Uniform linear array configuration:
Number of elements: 4
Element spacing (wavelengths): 0.25
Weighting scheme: cosine
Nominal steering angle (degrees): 60
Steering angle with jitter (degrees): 60.863
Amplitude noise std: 0.05
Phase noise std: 0.05

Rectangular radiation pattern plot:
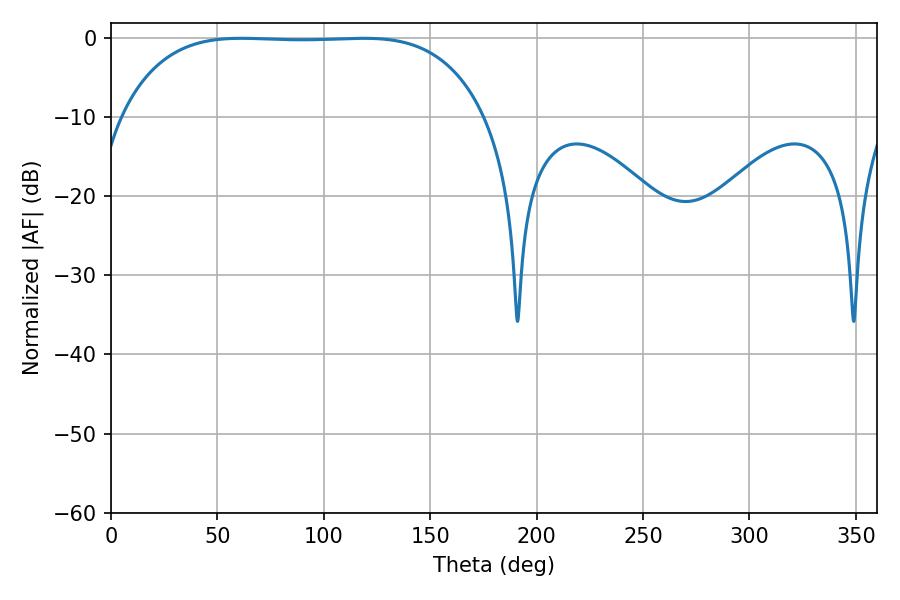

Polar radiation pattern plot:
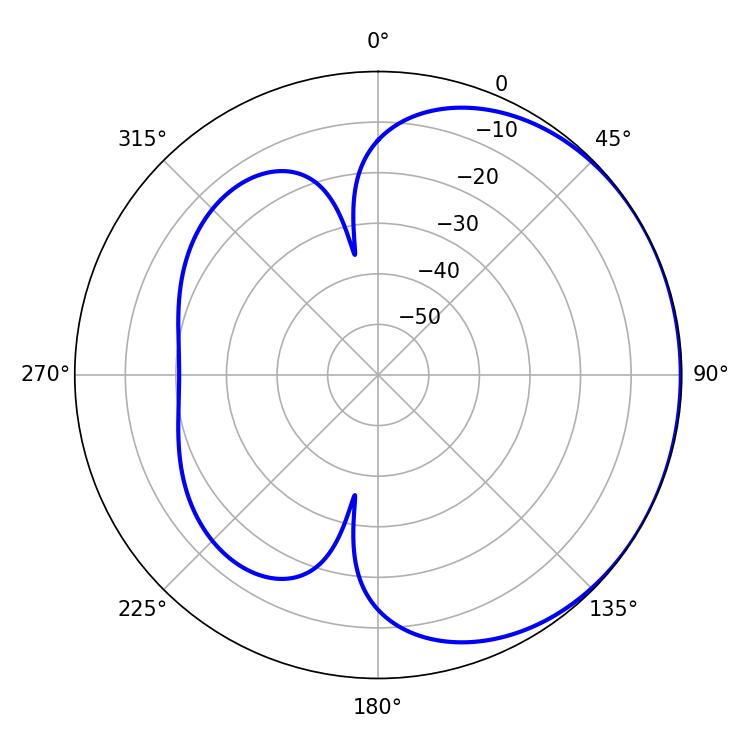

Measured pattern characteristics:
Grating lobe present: FALSE
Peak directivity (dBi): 0.6957
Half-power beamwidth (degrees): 132.48
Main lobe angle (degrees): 61.38